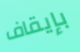
بإيقاف